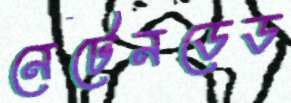
নেটেনডেড